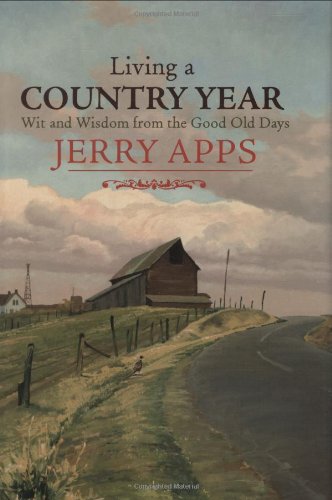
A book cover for Living a Country Year: Wit and Wisdom from the Good Old Days; Jerry Apps; Humor & Entertainment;